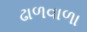
ઢાળવાળા